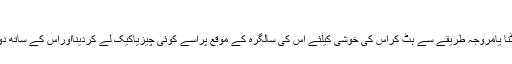
سوال # 173061
کیافرماتے ہیں علمائے کرام اس مسئلہ کے بارے میں کہ کسی کی سالگرہ پرکیک کاٹنا یامروجہ طریقے سے ہٹ کراس کی خوشی کیلئے اس کی سالگرہ کے موقع پراسے کوئی چیزیاکیک لے کردینااوراس کے ساتھ دوسرے گھروالوں کوبھی کوئی چیزلے دینا، اس کی گنجائش دین اسلام میں ہے یانہیں؟